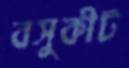
বসুকীট